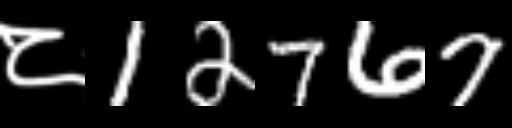
Text: ८12767